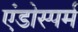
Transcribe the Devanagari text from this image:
एंडोस्पर्म